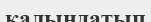
қалыңдатып